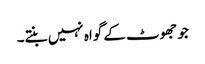
جو جھوٹ کے گواہ نہیں بنتے۔